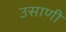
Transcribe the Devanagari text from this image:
उसाणी